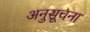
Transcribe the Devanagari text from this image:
अनुसूचना